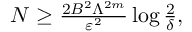
\begin{array} { r } { N \ge \frac { 2 B ^ { 2 } \Lambda ^ { 2 m } } { \varepsilon ^ { 2 } } \log \frac { 2 } { \delta } , } \end{array}